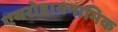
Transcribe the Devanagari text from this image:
एयरोडायनामिक